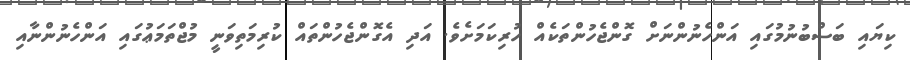
ކިޔައި ބަސްބުނުމުގައި އަންހެނުންނަށް ގޮންޖެހުންތަކެއް ހުރިކަމަށެވެ. އަދި އެގޮންޖެހުންތައް ކުރިމަތިވަނީ މުޖްތަމަޢުގައި އަންހެނުންނާއި